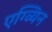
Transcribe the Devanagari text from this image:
एग्व्यिन